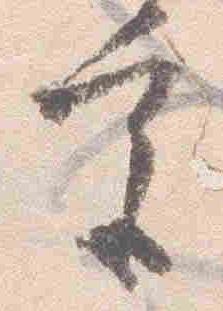
宮